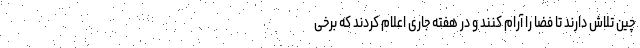
چین تلاش دارند تا فضا را آرام کنند و در هفته جاری اعلام کردند که برخی